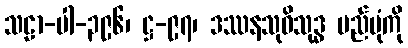
သဠာ-ပါ-၃၉၆၊ ဋ္ဌ-၉၇၊ ဒဿနသုဝိသုဒ္ဓ မည်ပုံကို